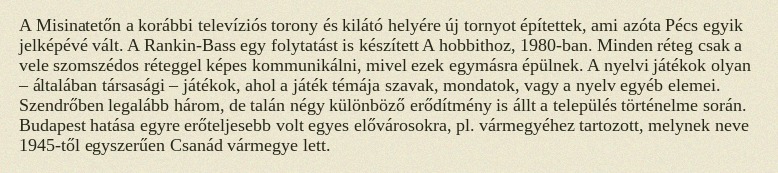
A Misinatetőn a korábbi televíziós torony és kilátó helyére új tornyot építettek, ami azóta Pécs egyik jelképévé vált. A Rankin-Bass egy folytatást is készített A hobbithoz, 1980-ban. Minden réteg csak a vele szomszédos réteggel képes kommunikálni, mivel ezek egymásra épülnek. A nyelvi játékok olyan – általában társasági – játékok, ahol a játék témája szavak, mondatok, vagy a nyelv egyéb elemei. Szendrőben legalább három, de talán négy különböző erődítmény is állt a település történelme során. Budapest hatása egyre erőteljesebb volt egyes elővárosokra, pl. vármegyéhez tartozott, melynek neve 1945-től egyszerűen Csanád vármegye lett.